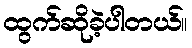
ထွက်ဆိုခဲ့ပါတယ်။